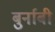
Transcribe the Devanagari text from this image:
बुर्नाबी